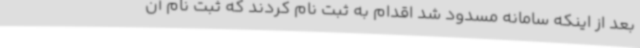
بعد از اینکه سامانه مسدود شد اقدام به ثبت نام کردند که ثبت نام آن